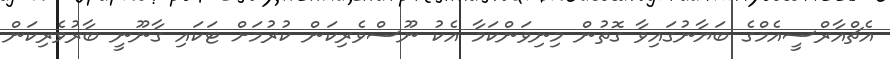
އެޗްއާރްސީއެމްގެ ބަޔާނުގައިވާ ގޮތުން މިނިވަންކަމާ އެކު ނޫސްވެރިކަން ކުރުމަށް ޓަކައި ގާނޫނީ ބާރުވެރިކަން